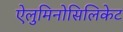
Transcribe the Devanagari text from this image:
ऐलुमिनोसिलिकेट